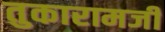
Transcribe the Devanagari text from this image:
तुकारामजी